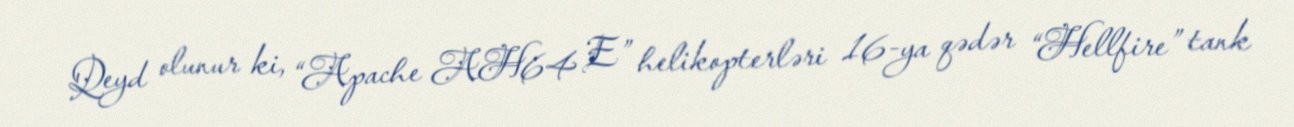
Qeyd olunur ki, “Apache AH64 E” helikopterləri 16-ya qədər “Hellfire” tank